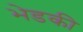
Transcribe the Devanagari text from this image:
भेडकी